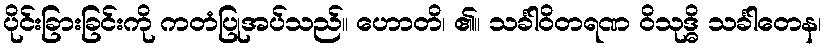
ပိုင်းခြားခြင်းကို ကတံပြုအပ်သည်။ ဟောတိ၊ ၏။ သင်္ခါဝိတရဏ ဝိသုဒ္ဓိ သင်္ခါတေန၊